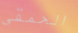
الحمقى